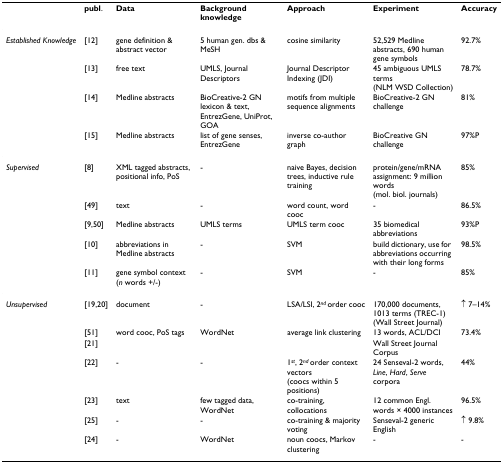
<table><thead><tr><td></td><td><b>publ.</b></td><td><b>Data</b></td><td><b>Background knowledge</b></td><td><b>Approach</b></td><td><b>Experiment</b></td><td><b>Accuracy</b></td></tr></thead><tbody><tr><td><i>Established Knowledge</i></td><td>[12]</td><td>gene definition &amp; abstract vector</td><td>5 human gen. dbs &amp; MeSH</td><td>cosine similarity</td><td>52,529 Medline abstracts, 690 human gene symbols</td><td>92.7%</td></tr><tr><td></td><td>[13]</td><td>free text</td><td>UMLS, Journal Descriptors</td><td>Journal Descriptor Indexing (JDI)</td><td>45 ambiguous UMLS terms (NLM WSD Collection)</td><td>78.7%</td></tr><tr><td></td><td>[14]</td><td>Medline abstracts</td><td>BioCreative-2 GN lexicon &amp; text, EntrezGene, UniProt, GOA</td><td>motifs from multiple sequence alignments</td><td>BioCreative-2 GN challenge</td><td>81%</td></tr><tr><td></td><td>[15]</td><td>Medline abstracts</td><td>list of gene senses, EntrezGene</td><td>inverse co-author graph</td><td>BioCreative GN challenge</td><td>97%P</td></tr><tr><td><i>Supervised</i></td><td>[8]</td><td>XML tagged abstracts, positional info, PoS</td><td>-</td><td>naive Bayes, decision trees, inductive rule training</td><td>protein/gene/mRNA assignment: 9 million words (mol. biol. journals)</td><td>85%</td></tr><tr><td></td><td>[49]</td><td>text</td><td>-</td><td>word count, word cooc</td><td>-</td><td>86.5%</td></tr><tr><td></td><td>[9,50]</td><td>Medline abstracts</td><td>UMLS terms</td><td>UMLS term cooc</td><td>35 biomedical abbreviations</td><td>93%P</td></tr><tr><td></td><td>[10]</td><td>abbreviations in Medline abstracts</td><td>-</td><td>SVM</td><td>build dictionary, use for abbreviations occurring with their long forms</td><td>98.5%</td></tr><tr><td></td><td>[11]</td><td>gene symbol context (<i>n </i>words +/-)</td><td>-</td><td>SVM</td><td>-</td><td>85%</td></tr><tr><td><i>Unsupervised</i></td><td>[19,20]</td><td>document</td><td>-</td><td>LSA/LSI, 2<sup><i>nd </i></sup>order cooc</td><td>170,000 documents, 1013 terms (TREC-1) (Wall Street Journal)</td><td>↑ 7–14%</td></tr><tr><td></td><td>[51]</td><td>word cooc, PoS tags</td><td>WordNet</td><td>average link clustering</td><td>13 words, ACL/DCI</td><td>73.4%</td></tr><tr><td></td><td>[21]</td><td></td><td></td><td></td><td>Wall Street Journal Corpus</td><td></td></tr><tr><td></td><td>[22]</td><td>-</td><td>-</td><td>1<sup><i>st</i></sup>, 2<sup><i>nd </i></sup>order context vectors (coocs within 5 positions)</td><td>24 Senseval-2 words, <i>Line</i>, <i>Hard</i>, <i>Serve </i>corpora</td><td>44%</td></tr><tr><td></td><td>[23]</td><td>text</td><td>few tagged data, WordNet</td><td>co-training, collocations</td><td>12 common Engl. words × 4000 instances</td><td>96.5%</td></tr><tr><td></td><td>[25]</td><td>-</td><td>-</td><td>co-training &amp; majority voting</td><td>Senseval-2 generic English</td><td>↑ 9.8%</td></tr><tr><td></td><td>[24]</td><td>-</td><td>WordNet</td><td>noun coocs, Markov clustering</td><td>-</td><td>-</td></tr></tbody></table>